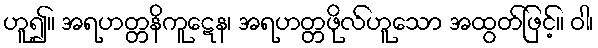
ဟူ၍။ အရဟတ္တနိကူဋေန၊ အရဟတ္တဖိုလ်ဟူသော အထွတ်ဖြင့်။ ဝါ၊